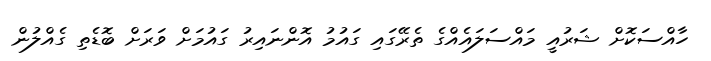
ހާއްސަކޮށް ޝަރުއީ މައްސަލައެއްގެ ތެރޭގައި ގައުމު އޮންނައިރު ގައުމަށް ވަރަށް ބޮޑެތި ގެއްލުން